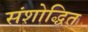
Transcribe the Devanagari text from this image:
संशोद्धित